Lunatic asylums Central Provinces reports 1874-1885 - 1874-1885
Year: 1874
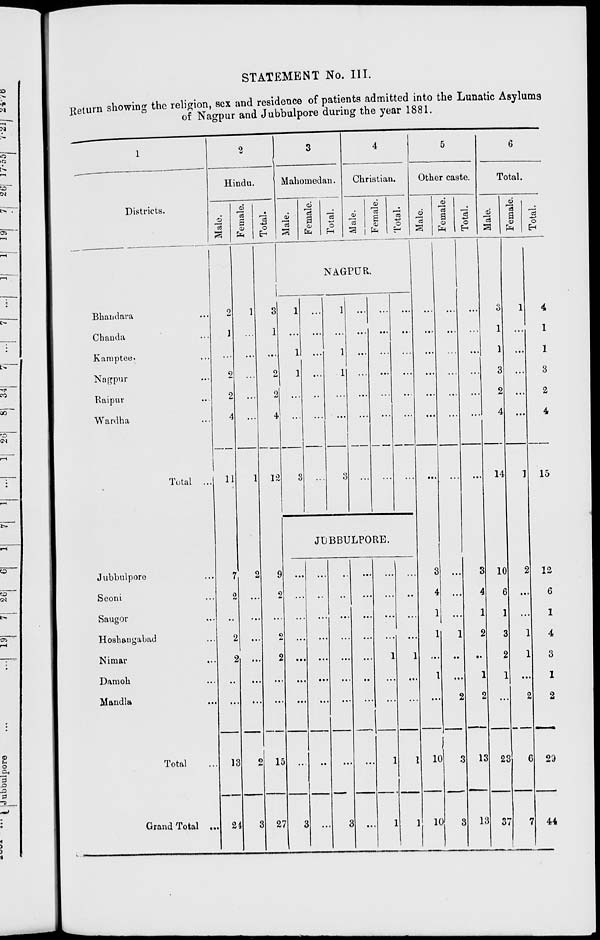
STATEMENT No. III.
Return showing the religion, sex and residence of patients admitted into the Lunatic Asylums
of Nagpur and Jubbulpore during the year 1881.
1
Districts.
Bhandara ...
Chanda ...
Kamptee. ...
Nagpur ...
Raipur ...
Wardha ...
Total ...
Jubbulpore ...
Seoni ...
Saugor ...
Hoshangabad ...
Nimar ...
Damoh ...
Mandla ...
Total ...
Grand Total ...
2
Hindu.
Male.
2
1
...
2
2
4
11
7
2
...
2
2
...
...
13
24
Female.
1
...
...
...
...
...
1
2
...
...
...
...
...
...
2
3
Total.
3
1
...
2
2
4
12
9
2
...
2
2
...
...
15
27
3
Mahomedan.
Male.
Female.
Total.
4
Christian.
Male.
Female.
Total.
NAGPUR.
1
...
1
1
...
...
3
...
...
...
...
...
...
...
1
...
1
1
...
...
3
...
...
...
...
...
...
...
...
...
...
...
...
...
...
...
...
...
...
...
...
...
JUBBULPORE.
...
...
...
...
...
...
...
...
3
...
...
...
...
...
...
...
...
...
...
...
...
...
...
...
...
...
3
...
...
...
...
...
...
...
...
...
...
...
...
...
1
...
...
1
1
...
...
...
...
1
...
...
1
1
5
Other caste.
Male.
...
...
...
...
...
...
...
3
4
1
1
...
1
...
10
10
Female.
...
...
...
...
...
...
...
...
...
...
1
...
...
2
3
3
Total.
...
...
...
...
...
...
...
3
4
1
2
...
1
2
13
13
6
Total.
Male.
3
1
1
3
2
4
14
10
6
1
3
2
1
...
23
37
Female.
1
...
...
...
...
...
1
2
...
...
1
1
...
2
6
7
Total.
4
1
1
3
2
4
15
12
6
1
4
3
1
2
29
44